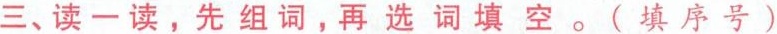
三、读一读，先组词，再选词填空。(填序号)